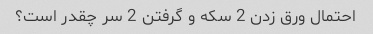
احتمال ورق زدن 2 سکه و گرفتن 2 سر چقدر است؟